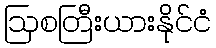
ဩစတြီးယားနိုင်ငံ